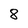
Character: 8